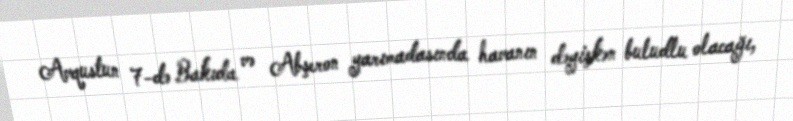
Avqustun 7-də Bakıda və Abşeron yarımadasında havanın dəyişkən buludlu olacağı,